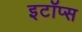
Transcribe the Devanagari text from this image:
इटॉप्स